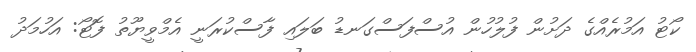
ކޯޓު އަމުރެއްގެ ދަށުން ފުލުހުން އުސްފަސްގަނޑު ބަލައި ފާސްކުރަނީ އެމްވީޔޫތު ފޮޓޯ: އަހުމަދު